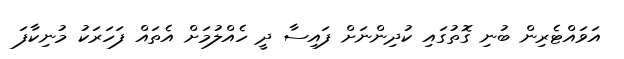
އަވައްޓެރިން ބުނި ގޮތުގައި ކުދިންނަށް ފައިސާ ދީ ހެއްލުމަށް އެތައް ފަހަރަކު މުނިކާފަ